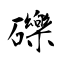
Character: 礫